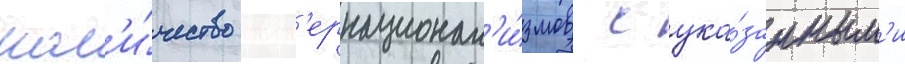
кол'и́чество инт'ернационал'и́змов с ука́занным'и